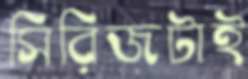
সিরিজটাই